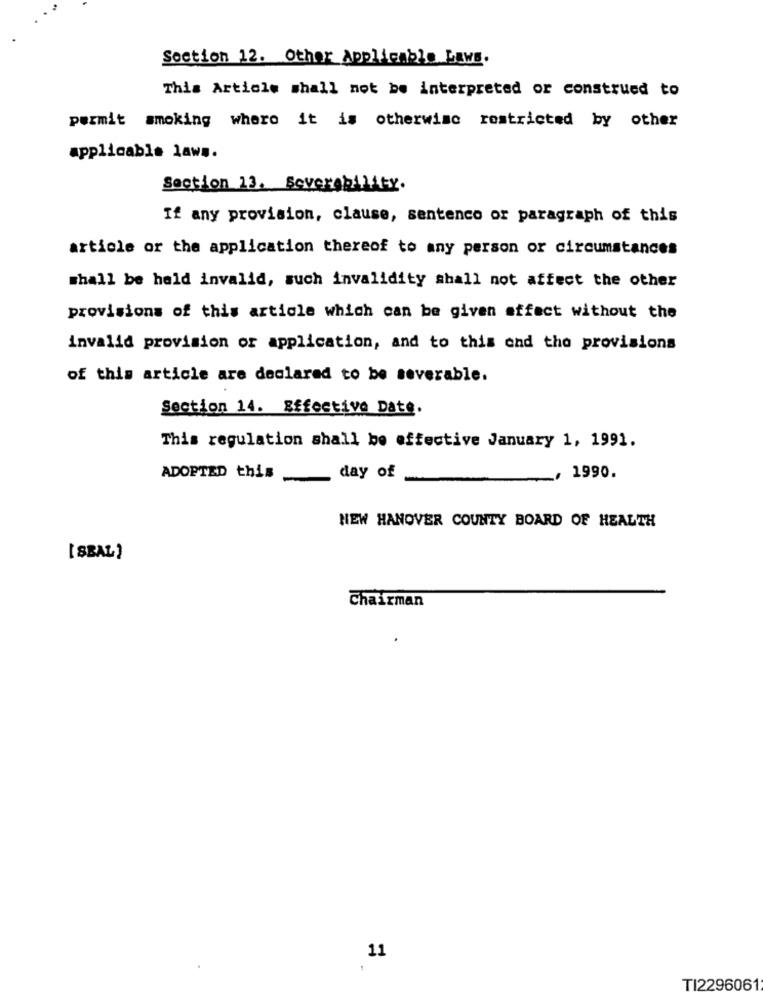
Section 12. Other Applicable Laws.
This Article shall not be interpreted or construed to
permit smoking where it is otherwise restricted by other
applicable laws.
Section 13. Severability.
If any provision, clause, sentenco or paragraph of this
article or the application thereof to any person or circumstances
shall be held invalid, such invalidity shall not affect the other
provisions of this article which can be given effect without the
invalid provision or application, and to this ond the provisions
of this article are declared to be severable.
Section 14. Effective Date.
This regulation shall be effective January 1, 1991.
ADOPTED this
day of
, 1990.
NEW HANOVER COUNTY BOARD OF HEALTH
[ SBAL)
Chairman
11
TI2296061